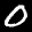
Label: 0